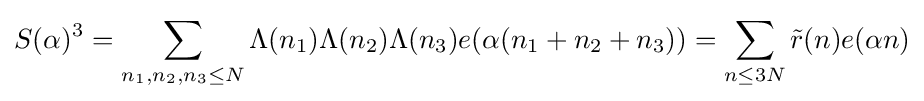
S(\alpha )^{3}=\sum _{n_{1},n_{2},n_{3}\leq N}\Lambda (n_{1})\Lambda (n_{2})\Lambda (n_{3})e(\alpha (n_{1}+n_{2}+n_{3}))=\sum _{n\leq 3N}{\tilde {r}}(n)e(\alpha n)